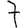
Digit: 7